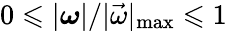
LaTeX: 0\leqslant|\boldsymbol\omega|/|\vec{\omega}|_{\operatorname*{max}}\leqslant 1